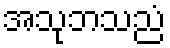
အသုဘသညံ